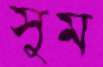
সুম